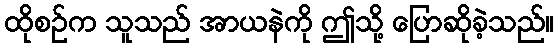
ထိုစဉ်က သူသည် အာယနဲကို ဤသို့ ပြောဆိုခဲ့သည်။